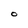
Character: O